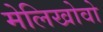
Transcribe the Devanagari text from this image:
मेलिखोवो